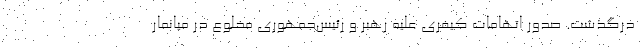
درگذشت. صدور اتهامات کیفری علیه رهبر و رئیس‌جمهوری مخلوع در میانمار